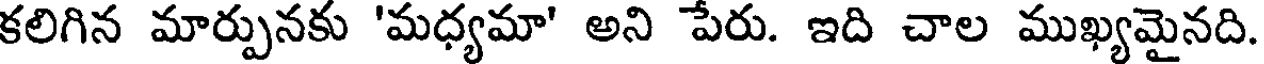
కలిగిన మార్పునకు 'మధ్యమా' అని పేరు. ఇది చాల ముఖ్యమైనది.